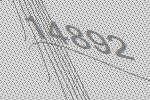
14892